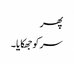
پھر
سر کو جھکایا۔